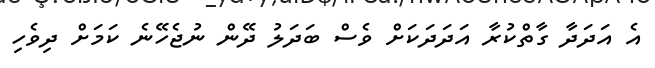
އެ އަދަދާ ގާތްކުރާ އަދަދަކަށް ވެސް ބަދަލު ދޭން ނުޖެހޭނެ ކަމަށް ދިވެހި